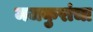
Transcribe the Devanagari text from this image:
मजकुरांचा